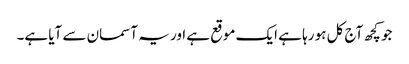
جو کچھ آج کل ہو رہا ہے ایک موقع ہے اور یہ آسمان سے آیا ہے۔